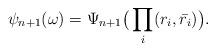
LaTeX: \begin{align*}\psi_{n+1}(\omega)=\Psi_{n+1}\big(\prod_i(r_i,\bar{r_i})\big).\end{align*}